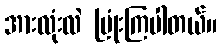
အားလုံးလဲ ပြုံးကြပါတယ်။